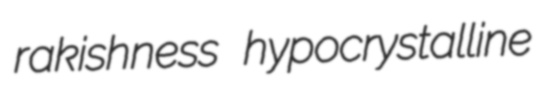
rakishness hypocrystalline